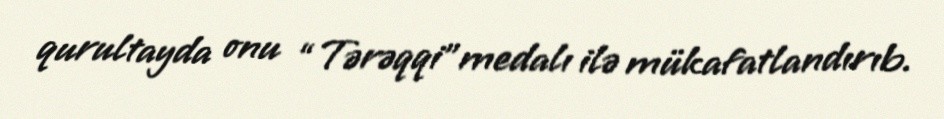
qurultayda onu “Tərəqqi”medalı ilə mükafatlandırıb.